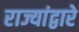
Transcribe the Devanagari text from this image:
राज्यांद्वारे